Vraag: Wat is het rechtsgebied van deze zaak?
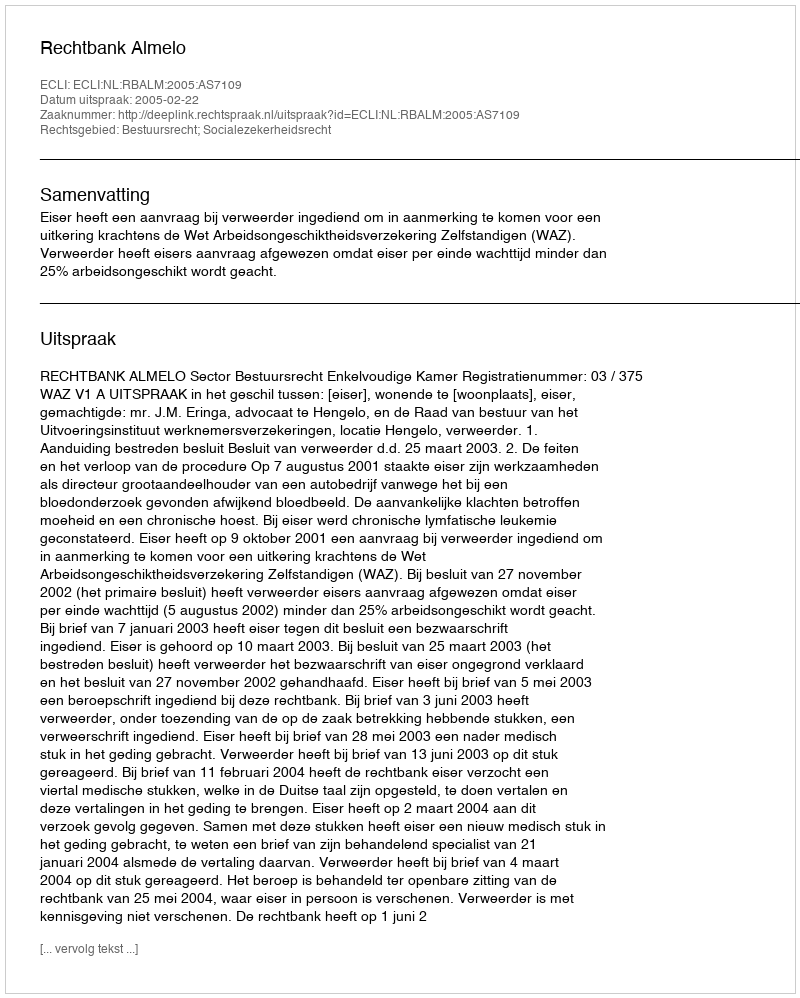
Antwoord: Bestuursrecht; Socialezekerheidsrecht